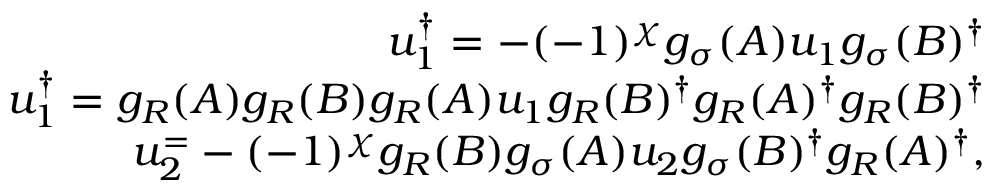
\begin{array} { r } { u _ { 1 } ^ { \dagger } = - ( - 1 ) ^ { \chi } g _ { \sigma } ( A ) u _ { 1 } g _ { \sigma } ( B ) ^ { \dagger } } \\ { u _ { 1 } ^ { \dagger } = g _ { R } ( A ) g _ { R } ( B ) g _ { R } ( A ) u _ { 1 } g _ { R } ( B ) ^ { \dagger } g _ { R } ( A ) ^ { \dagger } g _ { R } ( B ) ^ { \dagger } } \\ { u _ { 2 } ^ { = } - ( - 1 ) ^ { \chi } g _ { R } ( B ) g _ { \sigma } ( A ) u _ { 2 } g _ { \sigma } ( B ) ^ { \dagger } g _ { R } ( A ) ^ { \dagger } , } \end{array}